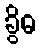
ခွိဓ